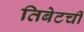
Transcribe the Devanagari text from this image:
तिबेटची